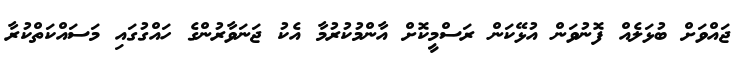
ޖައްވަށް ބުޅަލެއް ފޮނުވަން އުޅޭކަން ރަސްމީކޮށް އާންމުކުރުމާ އެކު ޖަނަވާރުންގެ ހައްގުގައި މަސައްކަތްކުރާ